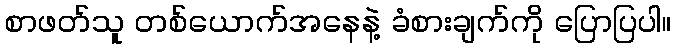
စာဖတ်သူ တစ်ယောက်အနေနဲ့ ခံစားချက်ကို ပြောပြပါ။